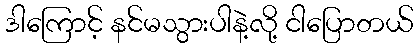
ဒါကြောင့် နင်မသွားပါနဲ့လို့ ငါပြောတယ်